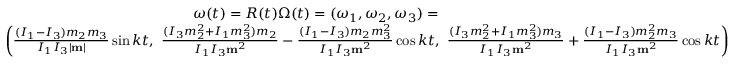
\begin{array} { r } { { \boldsymbol \omega } ( t ) = R ( t ) { \boldsymbol \Omega } ( t ) = ( \omega _ { 1 } , \omega _ { 2 } , \omega _ { 3 } ) = \qquad \qquad \qquad \qquad \qquad \qquad \qquad \qquad \qquad \qquad } \\ { \left( \frac { ( I _ { 1 } - I _ { 3 } ) m _ { 2 } m _ { 3 } } { I _ { 1 } I _ { 3 } | { \bf m } | } \sin k t , ~ \frac { ( I _ { 3 } m _ { 2 } ^ { 2 } + I _ { 1 } m _ { 3 } ^ { 2 } ) m _ { 2 } } { I _ { 1 } I _ { 3 } { \bf m } ^ { 2 } } - \frac { ( I _ { 1 } - I _ { 3 } ) m _ { 2 } m _ { 3 } ^ { 2 } } { I _ { 1 } I _ { 3 } { \bf m } ^ { 2 } } \cos k t , ~ \frac { ( I _ { 3 } m _ { 2 } ^ { 2 } + I _ { 1 } m _ { 3 } ^ { 2 } ) m _ { 3 } } { I _ { 1 } I _ { 3 } { \bf m } ^ { 2 } } + \frac { ( I _ { 1 } - I _ { 3 } ) m _ { 2 } ^ { 2 } m _ { 3 } } { I _ { 1 } I _ { 3 } { \bf m } ^ { 2 } } \cos k t \right) } \end{array}